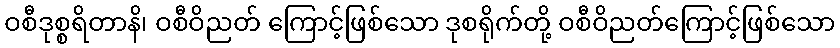
ဝစီဒုစ္စရိတာနိ၊ ဝစီဝိညတ် ကြောင့်ဖြစ်သော ဒုစရိုက်တို့ ဝစီဝိညတ်ကြောင့်ဖြစ်သော